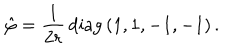
\hat { \varphi } = { \frac { 1 } { 2 r } } \, \mathrm { d i a g } \, ( 1 , 1 , - 1 , - 1 ) \, .